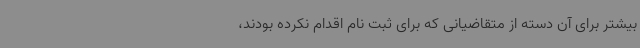
بیشتر برای آن دسته از متقاضیانی که برای ثبت نام اقدام نکرده بودند،